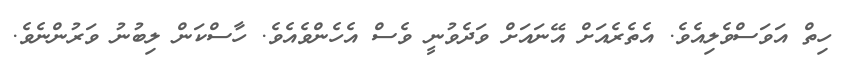
ހިތް އަވަސްވެލިއެވެ. އެތެރެއަށް އޭނައަށް ވަދެވުނީ ވެސް އެހެންވެއެވެ. ހާސްކަން ލިބުނު ވަރުންނެވެ.